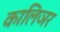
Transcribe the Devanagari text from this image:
कालिञर